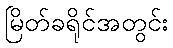
မြိတ်ခရိုင်အတွင်း